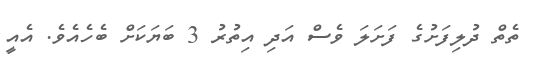
ތެތް ދުލިފަށުގެ ފަށަލަ ވެސް އަދި އިތުރު 3 ބަޔަކަށް ބެހެއެވެ. އެއީ